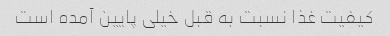
کیفیت غذا نسبت به قبل خیلی پایین آمده است